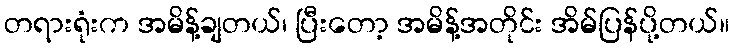
တရားရုံးက အမိန့်ချတယ်၊ ပြီးတော့ အမိန့်အတိုင်း အိမ်ပြန်ပို့တယ်။